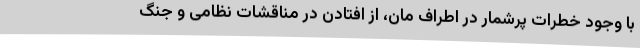
با وجود خطرات پرشمار در اطراف مان، از افتادن در مناقشات نظامی و جنگ